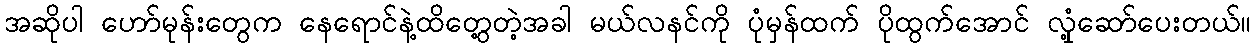
အဆိုပါ ဟော်မုန်းတွေက နေရောင်နဲ့ထိတွေ့တဲ့အခါ မယ်လနင်ကို ပုံမှန်ထက် ပိုထွက်အောင် လှုံ့ဆော်ပေးတယ်။